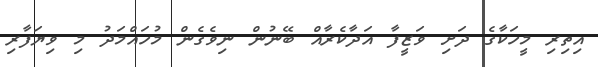
އިތިރި މީހަކާގެ ދަށި ވަޒީފާ އަދާކެރާއް ބޭނުން ނިވެގެން މުހައްމަދު މި ވިޔަފާރި